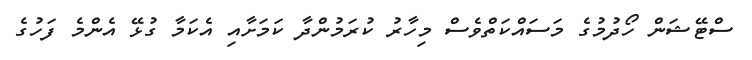
ސްޓޭޝަން ހޯދުމުގެ މަސައްކަތްވެސް މިހާރު ކުރަމުންދާ ކަމަށާއި އެކަމާ ގުޅޭ އެންމެ ފަހުގެ